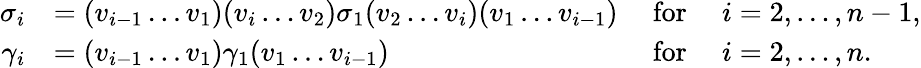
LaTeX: \begin{array}{rlrl}{\sigma_{i}}&{=(v_{i-1}\ldots v_{1})(v_{i}\ldots v_{2})\sigma_{1}(v_{2}\ldots v_{i})(v_{1}\ldots v_{i-1})}&{\mathrm{~for~}}&{i=2,\ldots,n-1,}\\ {\gamma_{i}}&{=(v_{i-1}\ldots v_{1})\gamma_{1}(v_{1}\ldots v_{i-1})}&{\mathrm{~for~}}&{i=2,\ldots,n.}\end{array}